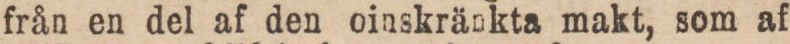
från en del af den oinskränkta makt, som af